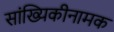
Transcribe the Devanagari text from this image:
सांख्यिकीनामक